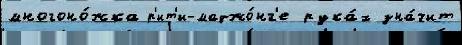
многоно́жка р'ит'и-маджо́нг'е рука́х зна́чит